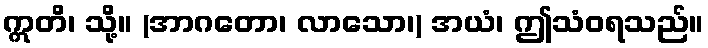
ဣတိ၊ သို့။ (အာဂတော၊ လာသော၊) အယံ၊ ဤသံဝရသည်။